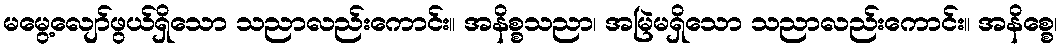
မမွေ့လျော်ဖွယ်ရှိသော သညာလည်းကောင်း။ အနိစ္စသညာ၊ အမြဲမရှိသော သညာလည်းကောင်း။ အနိစ္စေ၊